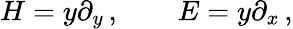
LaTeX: H=y\partial_{y}\, ,\quad\quad E=y\partial_{x}\, ,